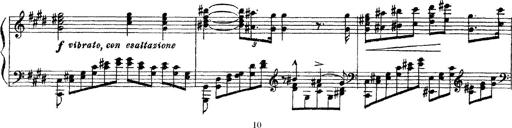
Title: 3 sonetti di Petrarca
Composer: Franz Liszt